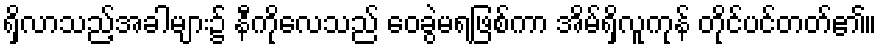
ရှိလာသည့်အခါများ၌ နီကိုလေသည် ဝေခွဲမရဖြစ်ကာ အိမ်ရှိလူကုန် တိုင်ပင်တတ်၏။